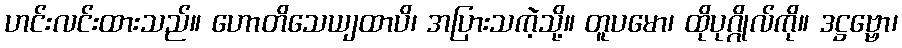
ဟင်းလင်းထားသည်။ ဟောတိသေယျထာပိ၊ အပြားသကဲ့သို့။ တူပမော၊ ထိုပုဂ္ဂိုလ်ကို။ ဒဋ္ဌဗ္ဗော၊